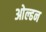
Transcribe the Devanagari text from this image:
ओल्ढन